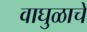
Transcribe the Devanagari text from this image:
वाघुळाचे